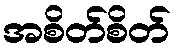
အစိတ်စိတ်